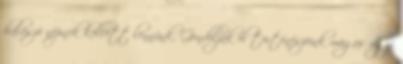
halászó népnek kellett lennünk. Gondolják el történészeink magas agyi